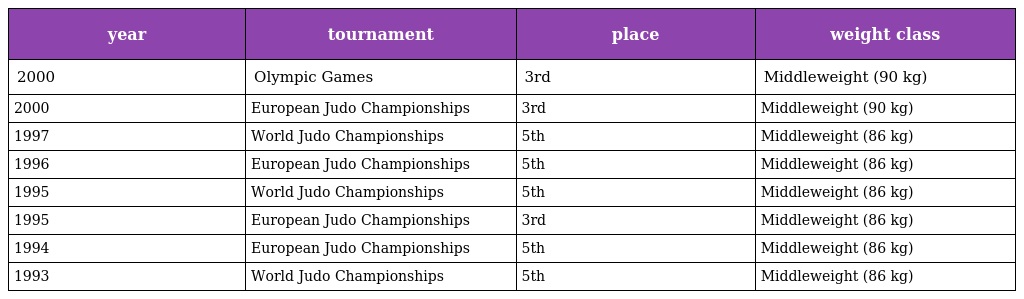
| year | tournament | place | weight class |
 | --- | --- | --- | --- |
 | 2000 | Olympic Games | 3rd | Middleweight (90 kg) |
 | 2000 | European Judo Championships | 3rd | Middleweight (90 kg) |
 | 1997 | World Judo Championships | 5th | Middleweight (86 kg) |
 | 1996 | European Judo Championships | 5th | Middleweight (86 kg) |
 | 1995 | World Judo Championships | 5th | Middleweight (86 kg) |
 | 1995 | European Judo Championships | 3rd | Middleweight (86 kg) |
 | 1994 | European Judo Championships | 5th | Middleweight (86 kg) |
 | 1993 | World Judo Championships | 5th | Middleweight (86 kg) |